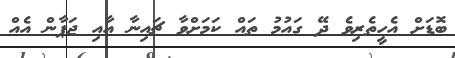
ބޮޑަށް އެހީތެރިވެ ދޭ ގައުމު ތައް ކަމަށްވާ ޗައިނާ އާއި ޖަޕާން އެއް